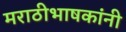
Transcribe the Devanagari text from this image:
मराठीभाषकांनी